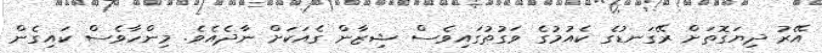
އޭރު ދިޔަގޮތަށް ރޭގަނޑުގެ ކެއުމުގެ ވަގުތުގައިވެސް ޝިޒާން ގެއަކަށް ނާދެއެވެ. މިންހާވެސް ކައިގެން